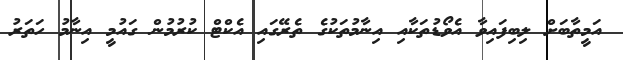
އަމީތާބަށް ލިބިފައިވާ އެވޯޑުތަކާއި އިނާމުތަކުގެ ތެރޭގައި އެކްޓް ކުރުމުން ގައުމީ އިނާމު ހަތަރު